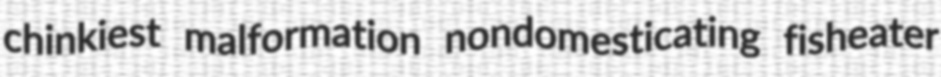
chinkiest malformation nondomesticating fisheater